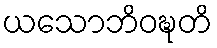
ယသောဘိဝဍ္ဎတိ